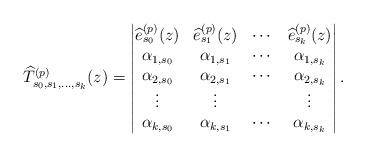
LaTeX: \begin{align*}\widehat{T}^{(p)}_{s_0,s_1,\ldots,s_k}(z)=\begin{vmatrix}\widehat{e}^{(p)}_{s_0}(z)&\widehat{e}^{(p)}_{s_1}(z)&\cdots&\widehat{e}^{(p)}_{s_k}(z)\\\alpha_{1,s_0}&\alpha_{1,s_1}&\cdots&\alpha_{1,s_k}\\\alpha_{2,s_0}&\alpha_{2,s_1}&\cdots&\alpha_{2,s_k}\\\vdots&\vdots&&\vdots\\\alpha_{k,s_0}&\alpha_{k,s_1}&\cdots&\alpha_{k,s_k}\end{vmatrix}.\end{align*}